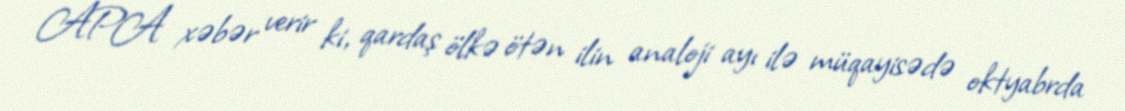
APA xəbər verir ki, qardaş ölkə ötən ilin analoji ayı ilə müqayisədə oktyabrda